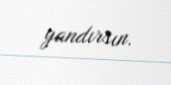
yandırsın.